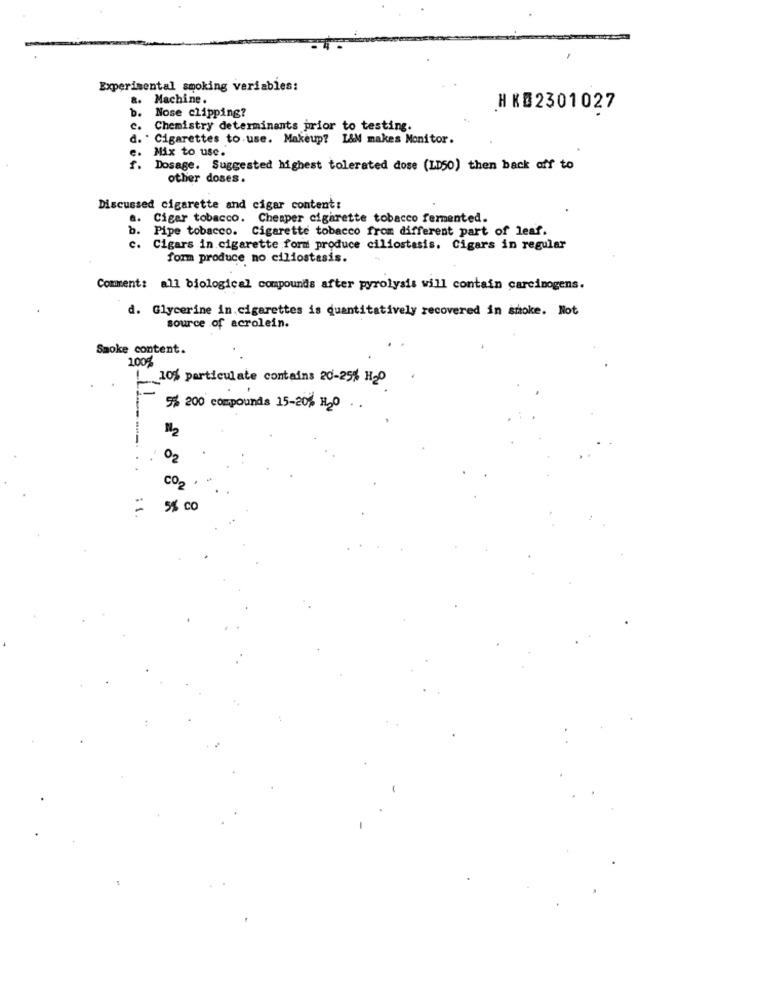
Experimental smoking variables:
&. Machine
b .
Nose clipping?
HK#2301027
c.
Chemistry determinants prior to testing.
. Cigarettes to use. Makeup? L&M makes Monitor.
e. Mix to use.
f. Dosage. Suggested highest tolerated dose (LD50) then back off to
other doses.
Discussed cigarette and cigar content:
a. Cigar tobacco. Cheaper cigarette tobacco fermented.
b.
Pipe tobacco. Cigarette tobacco from different part of leaf.
c .
Cigars in cigarette form produce ciliostasis. Cigars in regular
form produce no ciliostasis.
Comment: all biological compounds after pyrolysis will contain carcinogens.
d. Glycerine in cigarettes is quantitatively recovered in smoke. Not
source of acrolein.
Smoke content.
100%
!10% particulate contains 20-25% H2º
% 200 compounds 15-20% H2O ..
O2
CO2
=
5% co